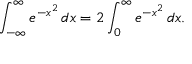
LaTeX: \int _ { - \infty } ^ { \infty } e ^ { - x ^ { 2 } } \, d x = 2 \int _ { 0 } ^ { \infty } e ^ { - x ^ { 2 } } \, d x .